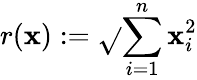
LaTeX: r(\mathbf{x}):=\sqrt{}{{\sum_{i=1}^{n}\mathbf{x}_{i}^{2}}}